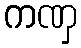
ကဏှ